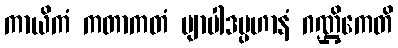
ကာယိကံ ကတာကတံ ဗျာပါဒပ္ပဟာနံ ဂဏ္ဌိကေတိ